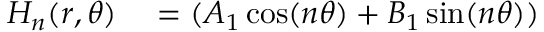
\begin{array} { r l } { H _ { n } ( r , \theta ) } & { { } = ( A _ { 1 } \cos ( n \theta ) + B _ { 1 } \sin ( n \theta ) ) } \end{array}